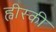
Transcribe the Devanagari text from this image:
ह्वीस्की